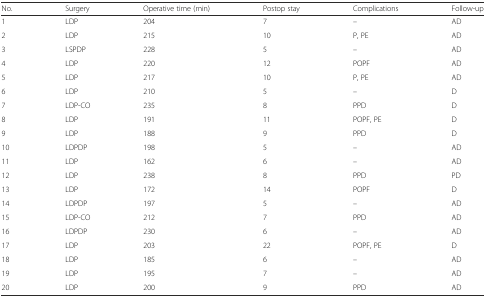
<table><thead><tr><td><b>No.</b></td><td><b>Surgery</b></td><td><b>Operative time (min)</b></td><td><b>Postop stay</b></td><td><b>Complications</b></td><td><b>Follow-up</b></td></tr></thead><tbody><tr><td>1</td><td>LDP</td><td>204</td><td>7</td><td>–</td><td>AD</td></tr><tr><td>2</td><td>LDP</td><td>215</td><td>10</td><td>P, PE</td><td>AD</td></tr><tr><td>3</td><td>LSPDP</td><td>228</td><td>5</td><td>–</td><td>AD</td></tr><tr><td>4</td><td>LDP</td><td>220</td><td>12</td><td>POPF</td><td>AD</td></tr><tr><td>5</td><td>LDP</td><td>217</td><td>10</td><td>P, PE</td><td>AD</td></tr><tr><td>6</td><td>LDP</td><td>210</td><td>5</td><td>–</td><td>D</td></tr><tr><td>7</td><td>LDP-CO</td><td>235</td><td>8</td><td>PPD</td><td>D</td></tr><tr><td>8</td><td>LDP</td><td>191</td><td>11</td><td>POPF, PE</td><td>D</td></tr><tr><td>9</td><td>LDP</td><td>188</td><td>9</td><td>PPD</td><td>D</td></tr><tr><td>10</td><td>LDPDP</td><td>198</td><td>5</td><td>–</td><td>AD</td></tr><tr><td>11</td><td>LDP</td><td>162</td><td>6</td><td>–</td><td>AD</td></tr><tr><td>12</td><td>LDP</td><td>238</td><td>8</td><td>PPD</td><td>PD</td></tr><tr><td>13</td><td>LDP</td><td>172</td><td>14</td><td>POPF</td><td>D</td></tr><tr><td>14</td><td>LDPDP</td><td>197</td><td>5</td><td>–</td><td>AD</td></tr><tr><td>15</td><td>LDP-CO</td><td>212</td><td>7</td><td>PPD</td><td>AD</td></tr><tr><td>16</td><td>LDPDP</td><td>230</td><td>6</td><td>–</td><td>AD</td></tr><tr><td>17</td><td>LDP</td><td>203</td><td>22</td><td>POPF, PE</td><td>D</td></tr><tr><td>18</td><td>LDP</td><td>185</td><td>6</td><td>–</td><td>AD</td></tr><tr><td>19</td><td>LDP</td><td>195</td><td>7</td><td>–</td><td>AD</td></tr><tr><td>20</td><td>LDP</td><td>200</td><td>9</td><td>PPD</td><td>AD</td></tr></tbody></table>